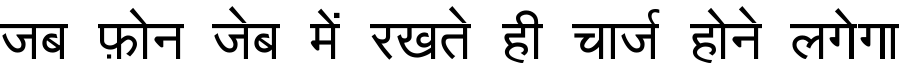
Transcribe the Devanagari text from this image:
जब फ़ोन जेब में रखते ही चार्ज होने लगेगा